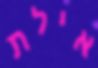
אילת